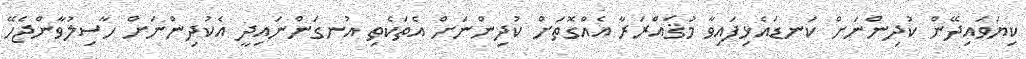
ކިޔަވައިދޭން ކުދިންނަށް ކަނޑައެޅިފައިވާ މުޤައްރަރާ އެއްގޮތަށް ކުދިންނަށް އެތަކެތި އުނގަންނައިދީ އެކުދިންނަށް ހާސިލުވާންޖެހޭ